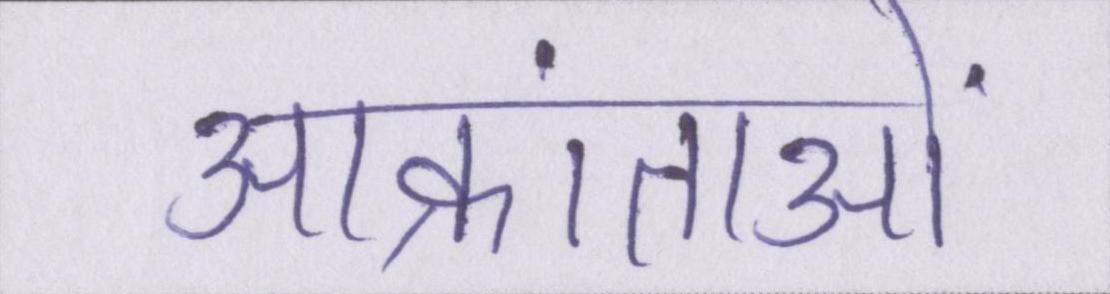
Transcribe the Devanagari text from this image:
आक्रांताओं